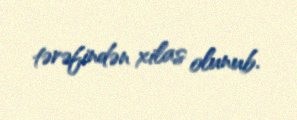
tərəfindən xilas olunub.